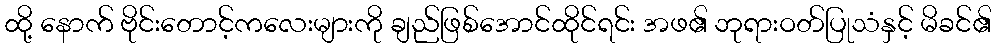
ထို့ နောက် ဗိုင်းတောင့်ကလေးများကို ချည်ဖြစ်အောင်ထိုင်ရင်း အဖ၏ ဘုရားဝတ်ပြုသံနှင့် မိခင်၏